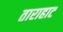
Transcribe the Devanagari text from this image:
ताराहाट